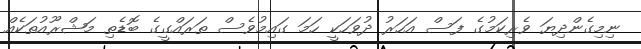
ނިމިގެންދިޔަ ވެރިކަމުގެ ފަސް އަހަރު ދުވަހަކީ ހަމަ ގައިމުވެސް ތަރައްގީގެ ބޮޑެތި މަޝްރޫއުތަކެއް